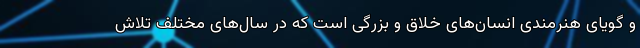
و گویای هنرمندی انسان‌های خلاق و بزرگی است که در سال‌های مختلف تلاش